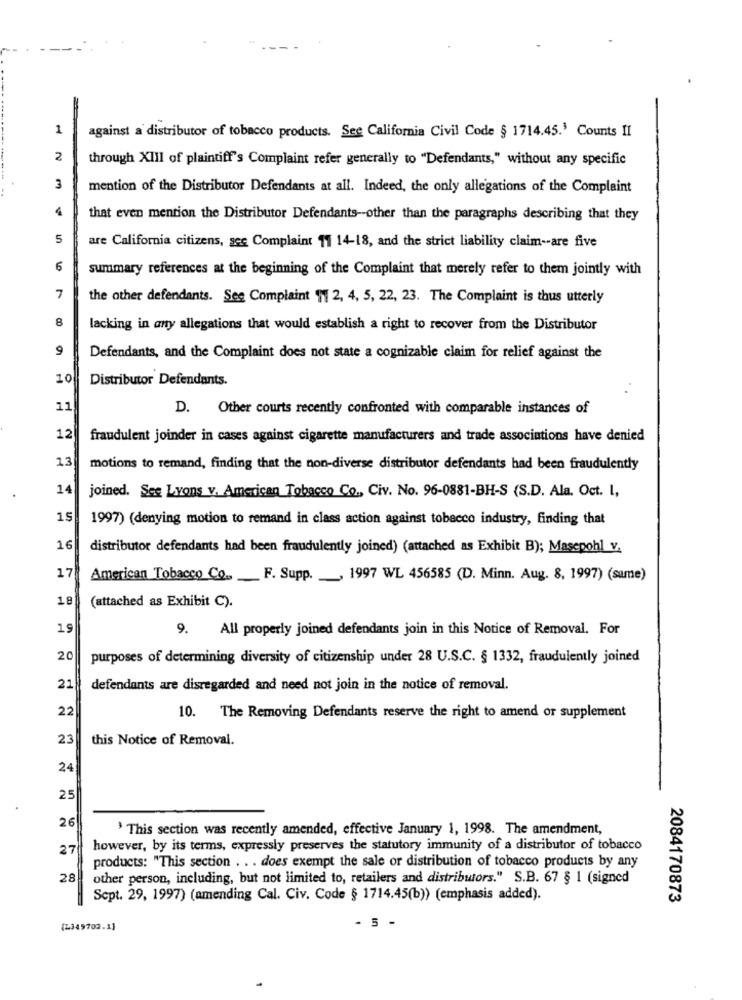
1
against a distributor of tobacco products. See California Civil Code § 1714.45.' Counts II
2
through XIII of plaintiff's Complaint refer generally to "Defendants," without any specific
3
mention of the Distributor Defendants at all. Indeed, the only allegations of the Complaint
that even mention the Distributor Defendants -- other than the paragraphs describing that they
5
are California citizens, sec Complaint 11 14-18, and the strict liability claim -- are five
5
summary references at the beginning of the Complaint that merely refer to them jointly with
7
the other defendants. See Complaint \1 2, 4, 5, 22, 23. The Complaint is thus utterly
8
lacking in any allegations that would establish a right to recover from the Distributor
9
Defendants, and the Complaint does not state a cognizable claim for relief against the
10
Distributor Defendants.
11
D. Other courts recently confronted with comparable instances of
12
fraudulent joinder in cases against cigarette manufacturers and trade associations have denied
13
motions to remand, finding that the non-diverse distributor defendants had been fraudulently
14
joined. See Lyons v. American Tobacco Co ., Civ. No. 96-0881-BH-S (S.D. Ala. Oct. I,
15
1997) (denying motion to remand in class action against tobacco industry, finding that
16
distributor defendants had been fraudulently joined) (attached as Exhibit B); Masepohl v.
17
American Tobacco Co. F. Supp ._, 1997 WL 456585 (D. Minn. Aug. 8, 1997) (same)
18
(attached as Exhibit C).
19
9. All properly joined defendants join in this Notice of Removal. For
20
purposes of determining diversity of citizenship under 28 U.S.C. § 1332, fraudulently joined
21
defendants are disregarded and need not join in the notice of removal.
22
10. The Removing Defendants reserve the right to amend or supplement
23
this Notice of Removal.
24
25
26
' This section was recently amended, effective January 1, 1998. The amendment,
27
however, by its terms, expressly preserves the statutory immunity of a distributor of tobacco
products: "This section . . . does exempt the sale or distribution of tobacco products by any
28
other person, including, but not limited to, retailers and distributors." S.B. 67 § 1 (signed
Sept. 29, 1997) (amending Cal. Civ. Code § 1714.45(b) (emphasis added).
2084170873
- 5 -
(2349702.1]